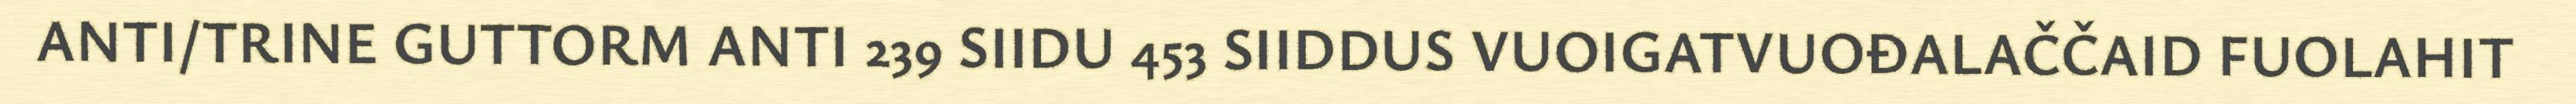
ANTI/TRINE GUTTORM ANTI 239 SIIDU 453 SIIDDUS VUOIGATVUOĐALAČČAID FUOLAHIT